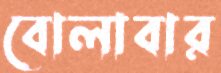
বোলাবার